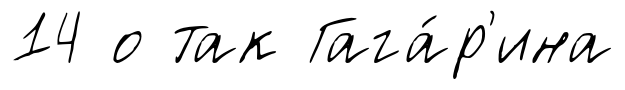
14 о так Гага́р'ина